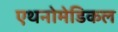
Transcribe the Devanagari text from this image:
एथनोमेडिकल